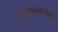
ગાલલગા